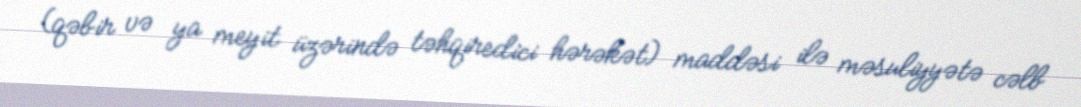
(qəbir və ya meyit üzərində təhqiredici hərəkət) maddəsi ilə məsuliyyətə cəlb